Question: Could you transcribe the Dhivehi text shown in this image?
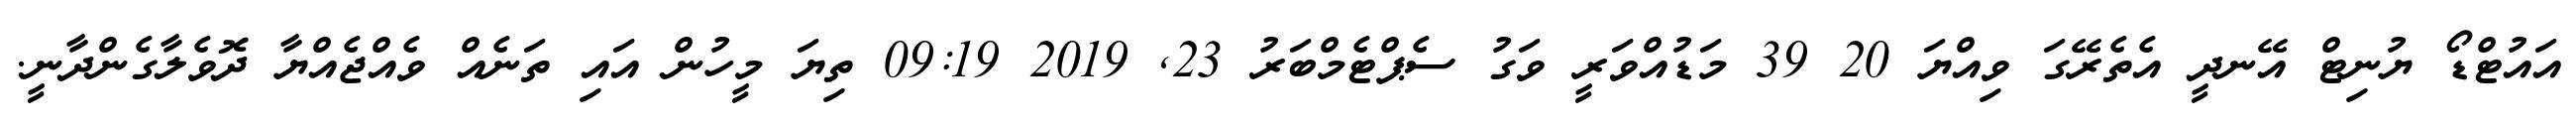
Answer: އައުޓްޑޯ ޔުނިޓް އޭނދީ އެތެރޭގަ ވިއްޔަ 20 39 މަޑުއްވަރީ ވަގު ސެޕްޓެމްބަރު 23, 2019 09:19 ތިޔަ މީހުން އައި ތަނެއް ވެއްޖެއްޔާ ދޮވެލާގެންދާނީ.